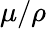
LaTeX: \mu/\rho